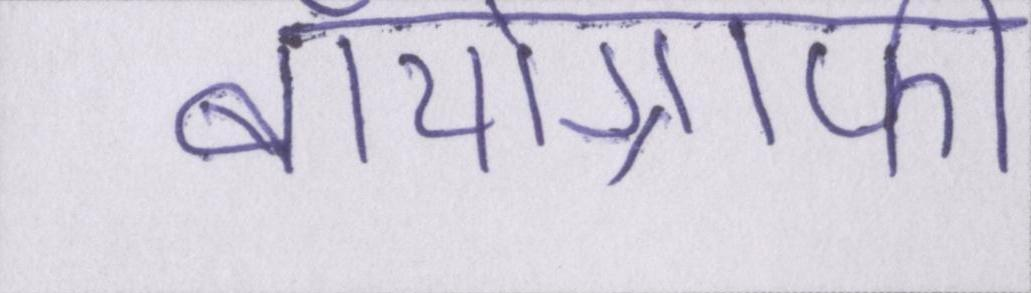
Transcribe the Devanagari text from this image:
बॉयोग्राफी